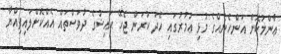
ޢާންމުކޮށް އަންހެނެއްގެ މުޅި ޢުމުރުގައި ހޭދަ ކުރަން ޖެހޭ ޙައިޟުގެ ދުވަސްތައް އެއްކޮށްލައިފިއްޔާ